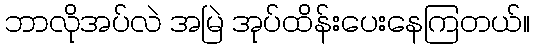
ဘာလိုအပ်လဲ အမြဲ အုပ်ထိန်းပေးနေကြတယ်။